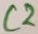
Text: C2